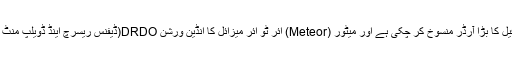
(ان کو معلوم تھا کہ مودی سرکار رافیل کا بڑا آرڈر منسوخ کر چکی ہے اور میٹور (Meteor) ائر ٹو ائر میزائل کا انڈین ورشن DRDO(ڈیفنس ریسرچ اینڈ ڈویلپ منٹ آرگنائزیشن)میں ہنوز زیرِ تکمیل ہے۔